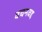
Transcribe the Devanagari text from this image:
वचनवद्द